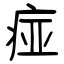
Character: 痖